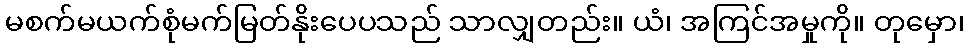
မစက်မယက်စုံမက်မြတ်နိုးပေပသည် သာလျှတည်း။ ယံ၊ အကြင်အမှုကို။ တုမှော၊